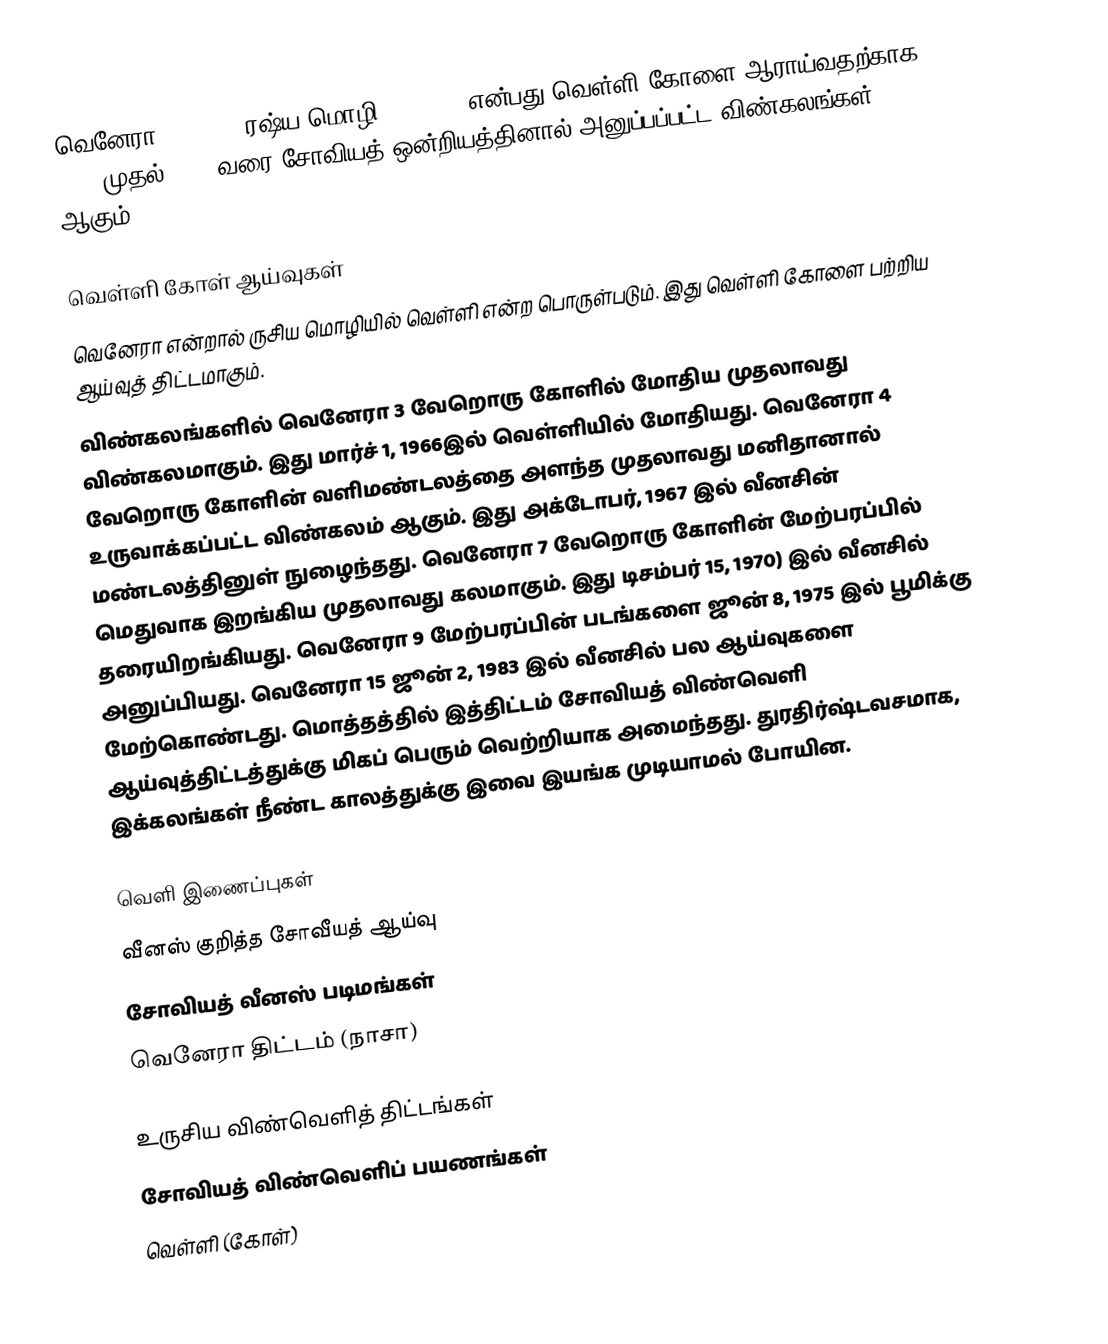
வெனேரா (Venera, ரஷ்ய மொழி: Венера) என்பது வெள்ளி கோளை ஆராய்வதற்காக 1961 முதல் 1984 வரை சோவியத் ஒன்றியத்தினால் அனுப்பப்பட்ட விண்கலங்கள் ஆகும்.

வெள்ளி கோள் ஆய்வுகள்
வெனேரா என்றால் ருசிய மொழியில் வெள்ளி என்ற பொருள்படும். இது வெள்ளி கோளை பற்றிய ஆய்வுத் திட்டமாகும்.
விண்கலங்களில் வெனேரா 3 வேறொரு கோளில் மோதிய முதலாவது விண்கலமாகும். இது மார்ச் 1, 1966இல் வெள்ளியில் மோதியது. வெனேரா 4 வேறொரு கோளின் வளிமண்டலத்தை அளந்த முதலாவது மனிதானால் உருவாக்கப்பட்ட விண்கலம் ஆகும். இது அக்டோபர், 1967 இல் வீனசின் மண்டலத்தினுள் நுழைந்தது. வெனேரா 7 வேறொரு கோளின் மேற்பரப்பில் மெதுவாக இறங்கிய முதலாவது கலமாகும். இது டிசம்பர் 15, 1970) இல் வீனசில் தரையிறங்கியது. வெனேரா 9 மேற்பரப்பின் படங்களை ஜூன் 8, 1975 இல் பூமிக்கு அனுப்பியது. வெனேரா 15 ஜூன் 2, 1983 இல் வீனசில் பல ஆய்வுகளை மேற்கொண்டது. மொத்தத்தில் இத்திட்டம் சோவியத் விண்வெளி ஆய்வுத்திட்டத்துக்கு மிகப் பெரும் வெற்றியாக அமைந்தது. துரதிர்ஷ்டவசமாக, இக்கலங்கள் நீண்ட காலத்துக்கு இவை இயங்க முடியாமல் போயின.

வெளி இணைப்புகள்
வீனஸ் குறித்த சோவீயத் ஆய்வு
சோவியத் வீனஸ் படிமங்கள்
வெனேரா திட்டம் (நாசா)

உருசிய விண்வெளித் திட்டங்கள்
சோவியத் விண்வெளிப் பயணங்கள்
வெள்ளி (கோள்)